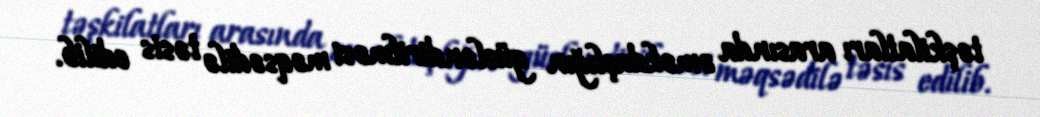
təşkilatları arasında əməkdaşlığın gücləndirilməsi məqsədilə təsis edilib.